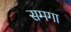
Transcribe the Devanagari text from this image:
समगा